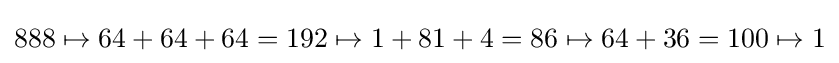
888\mapsto 64+64+64=192\mapsto 1+81+4=86\mapsto 64+36=100\mapsto 1